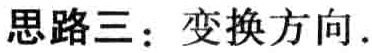
思路三：变换方向.